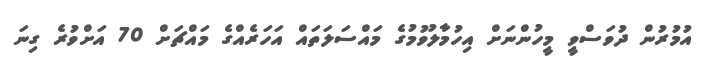
އުމުރުން ދުވަސްވީ މީހުންނަށް އިހުމާލުވުމުގެ މައްސަލަތައް އަހަރެއްގެ މައްޗަށް 70 އަށްވުރެ ގިނަ